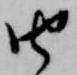
由